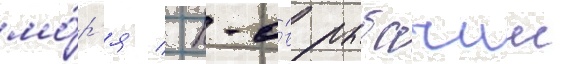
мо́р'я / п-о́в рыбачии